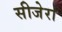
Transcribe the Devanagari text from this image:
सीजेरा